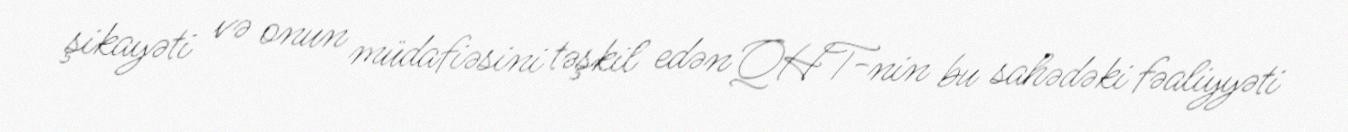
şikayəti və onun müdafiəsini təşkil edən QHT-nin bu sahədəki fəaliyyəti